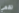
تقعي